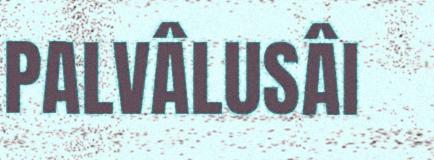
PALVÂLUSÂI